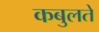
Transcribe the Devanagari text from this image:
कबुलते